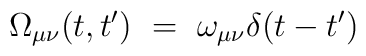
\Omega_{\mu\nu}(t,t') ~=~ \omega_{\mu\nu} \delta(t-t')